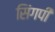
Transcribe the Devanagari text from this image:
सिंगपी